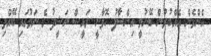
އެންމެން އެއްބުރުން ބޭނުމީ އިންސާފު ހޮވާނީ ރައީސް ނަޝީދު ގެ ނަމުގައި ބޭއްވި